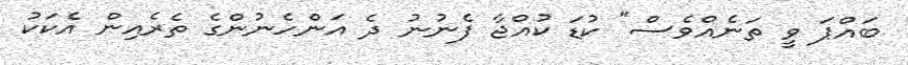
ބައްޕަ ވީ ތަނެއްވެސް" ކުޑަ ކުއްޖާ ފެނުނު ދެ އަންހެނުންގެ ތެރެއިން އެކަކު